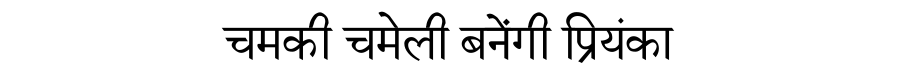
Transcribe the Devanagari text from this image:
चमकी चमेली बनेंगी प्रियंका